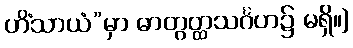
ဟိံသာယံ”မှာ ဓာတွတ္ထသင်္ဂဟ၌ မရှိ။]